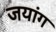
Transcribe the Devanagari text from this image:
जयांग